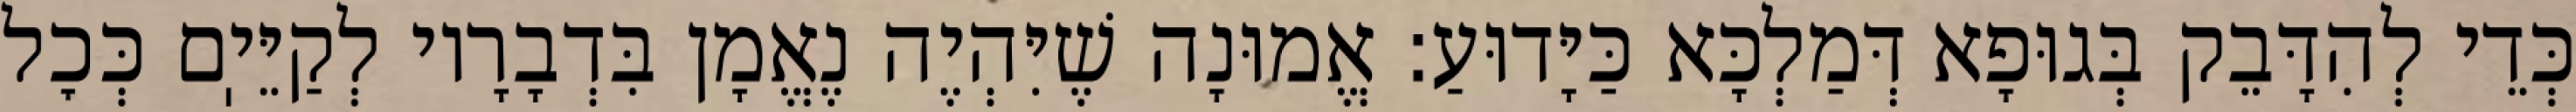
כְּדֵי לְהִדָּבֵק בְּגוּפָא דְּמַלְכָּא כַּיָּדוּעַ: אֱמוּנָה שֶׁיִּהְיֶה נֶאֱמָן בִּדְבָרָיו לְקַיֵּיֽם כְּכׇל